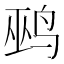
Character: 鹀